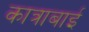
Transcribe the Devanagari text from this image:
कात्राबाई